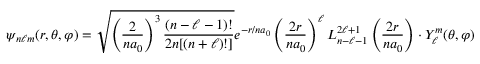
\psi _ { n \ell m } ( r , \theta , \varphi ) = { \sqrt { \left( { \frac { 2 } { n a _ { 0 } } } \right) ^ { 3 } { \frac { ( n - \ell - 1 ) ! } { 2 n [ ( n + \ell ) ! ] } } } } e ^ { - r / n a _ { 0 } } \left( { \frac { 2 r } { n a _ { 0 } } } \right) ^ { \ell } L _ { n - \ell - 1 } ^ { 2 \ell + 1 } \left( { \frac { 2 r } { n a _ { 0 } } } \right) \cdot Y _ { \ell } ^ { m } ( \theta , \varphi )